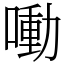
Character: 㗢